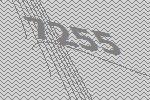
7255